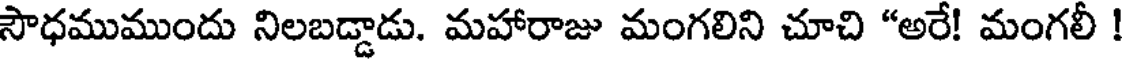
సౌధముముందు నిలబడ్డాడు. మహారాజు మంగలిని చూచి "అరే! మంగలీ !